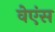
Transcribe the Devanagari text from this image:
वेएंस